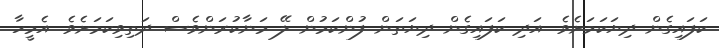
ކަފައިގެން ދިޔަކަމަށެވެ. އަދި ކަފައިގެން ދިޔަތަން ފުންކަމުން ލޭ މަނާކުރަންވެސް ދަތިވިކަމަށެވެ. އެމީހާ